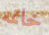
خاتمه